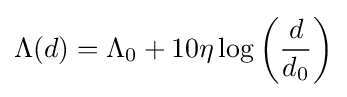
\Lambda (d)=\Lambda _{0}+10\eta \log \left({\frac {d}{d_{0}}}\right)